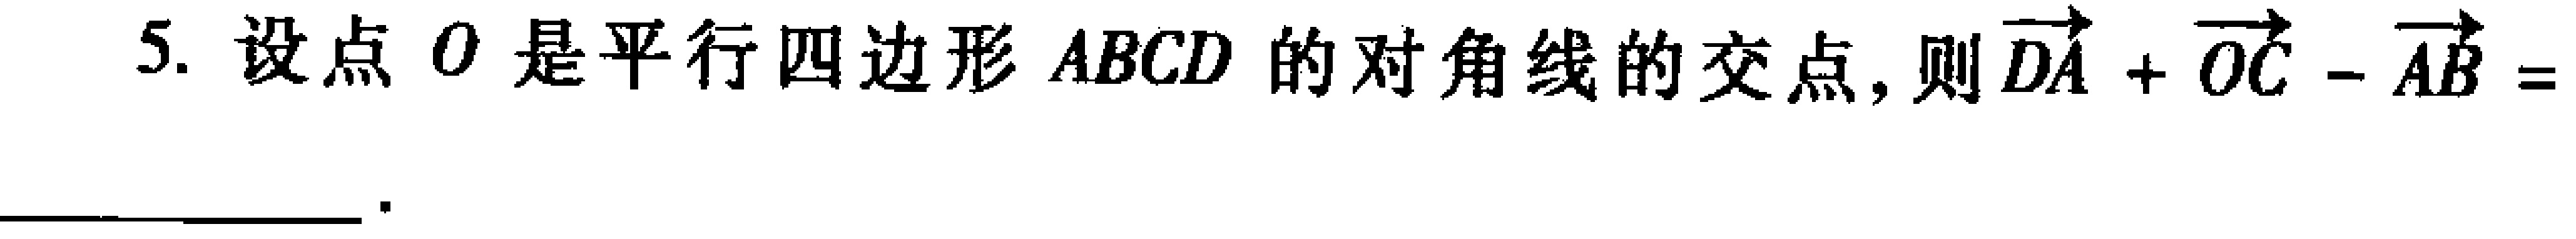
5. 设点 \(O\) 是平行四边形 \(ABCD\) 的对角线的交点, 则 \(\overrightarrow{DA}+\overrightarrow{OC}-\overrightarrow{OB} =\) __________________ 。